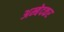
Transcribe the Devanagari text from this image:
अम्बेदकर